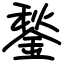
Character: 鍫